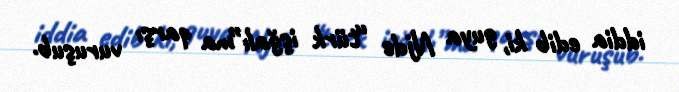
iddia edib ki, guya Njde “türk işğalı”ma qarşı vuruşub.